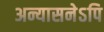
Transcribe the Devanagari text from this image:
अन्यासनेऽपि